NAE_ERA_R-1665_Eesti_Kunstnike_Liit, lk 54
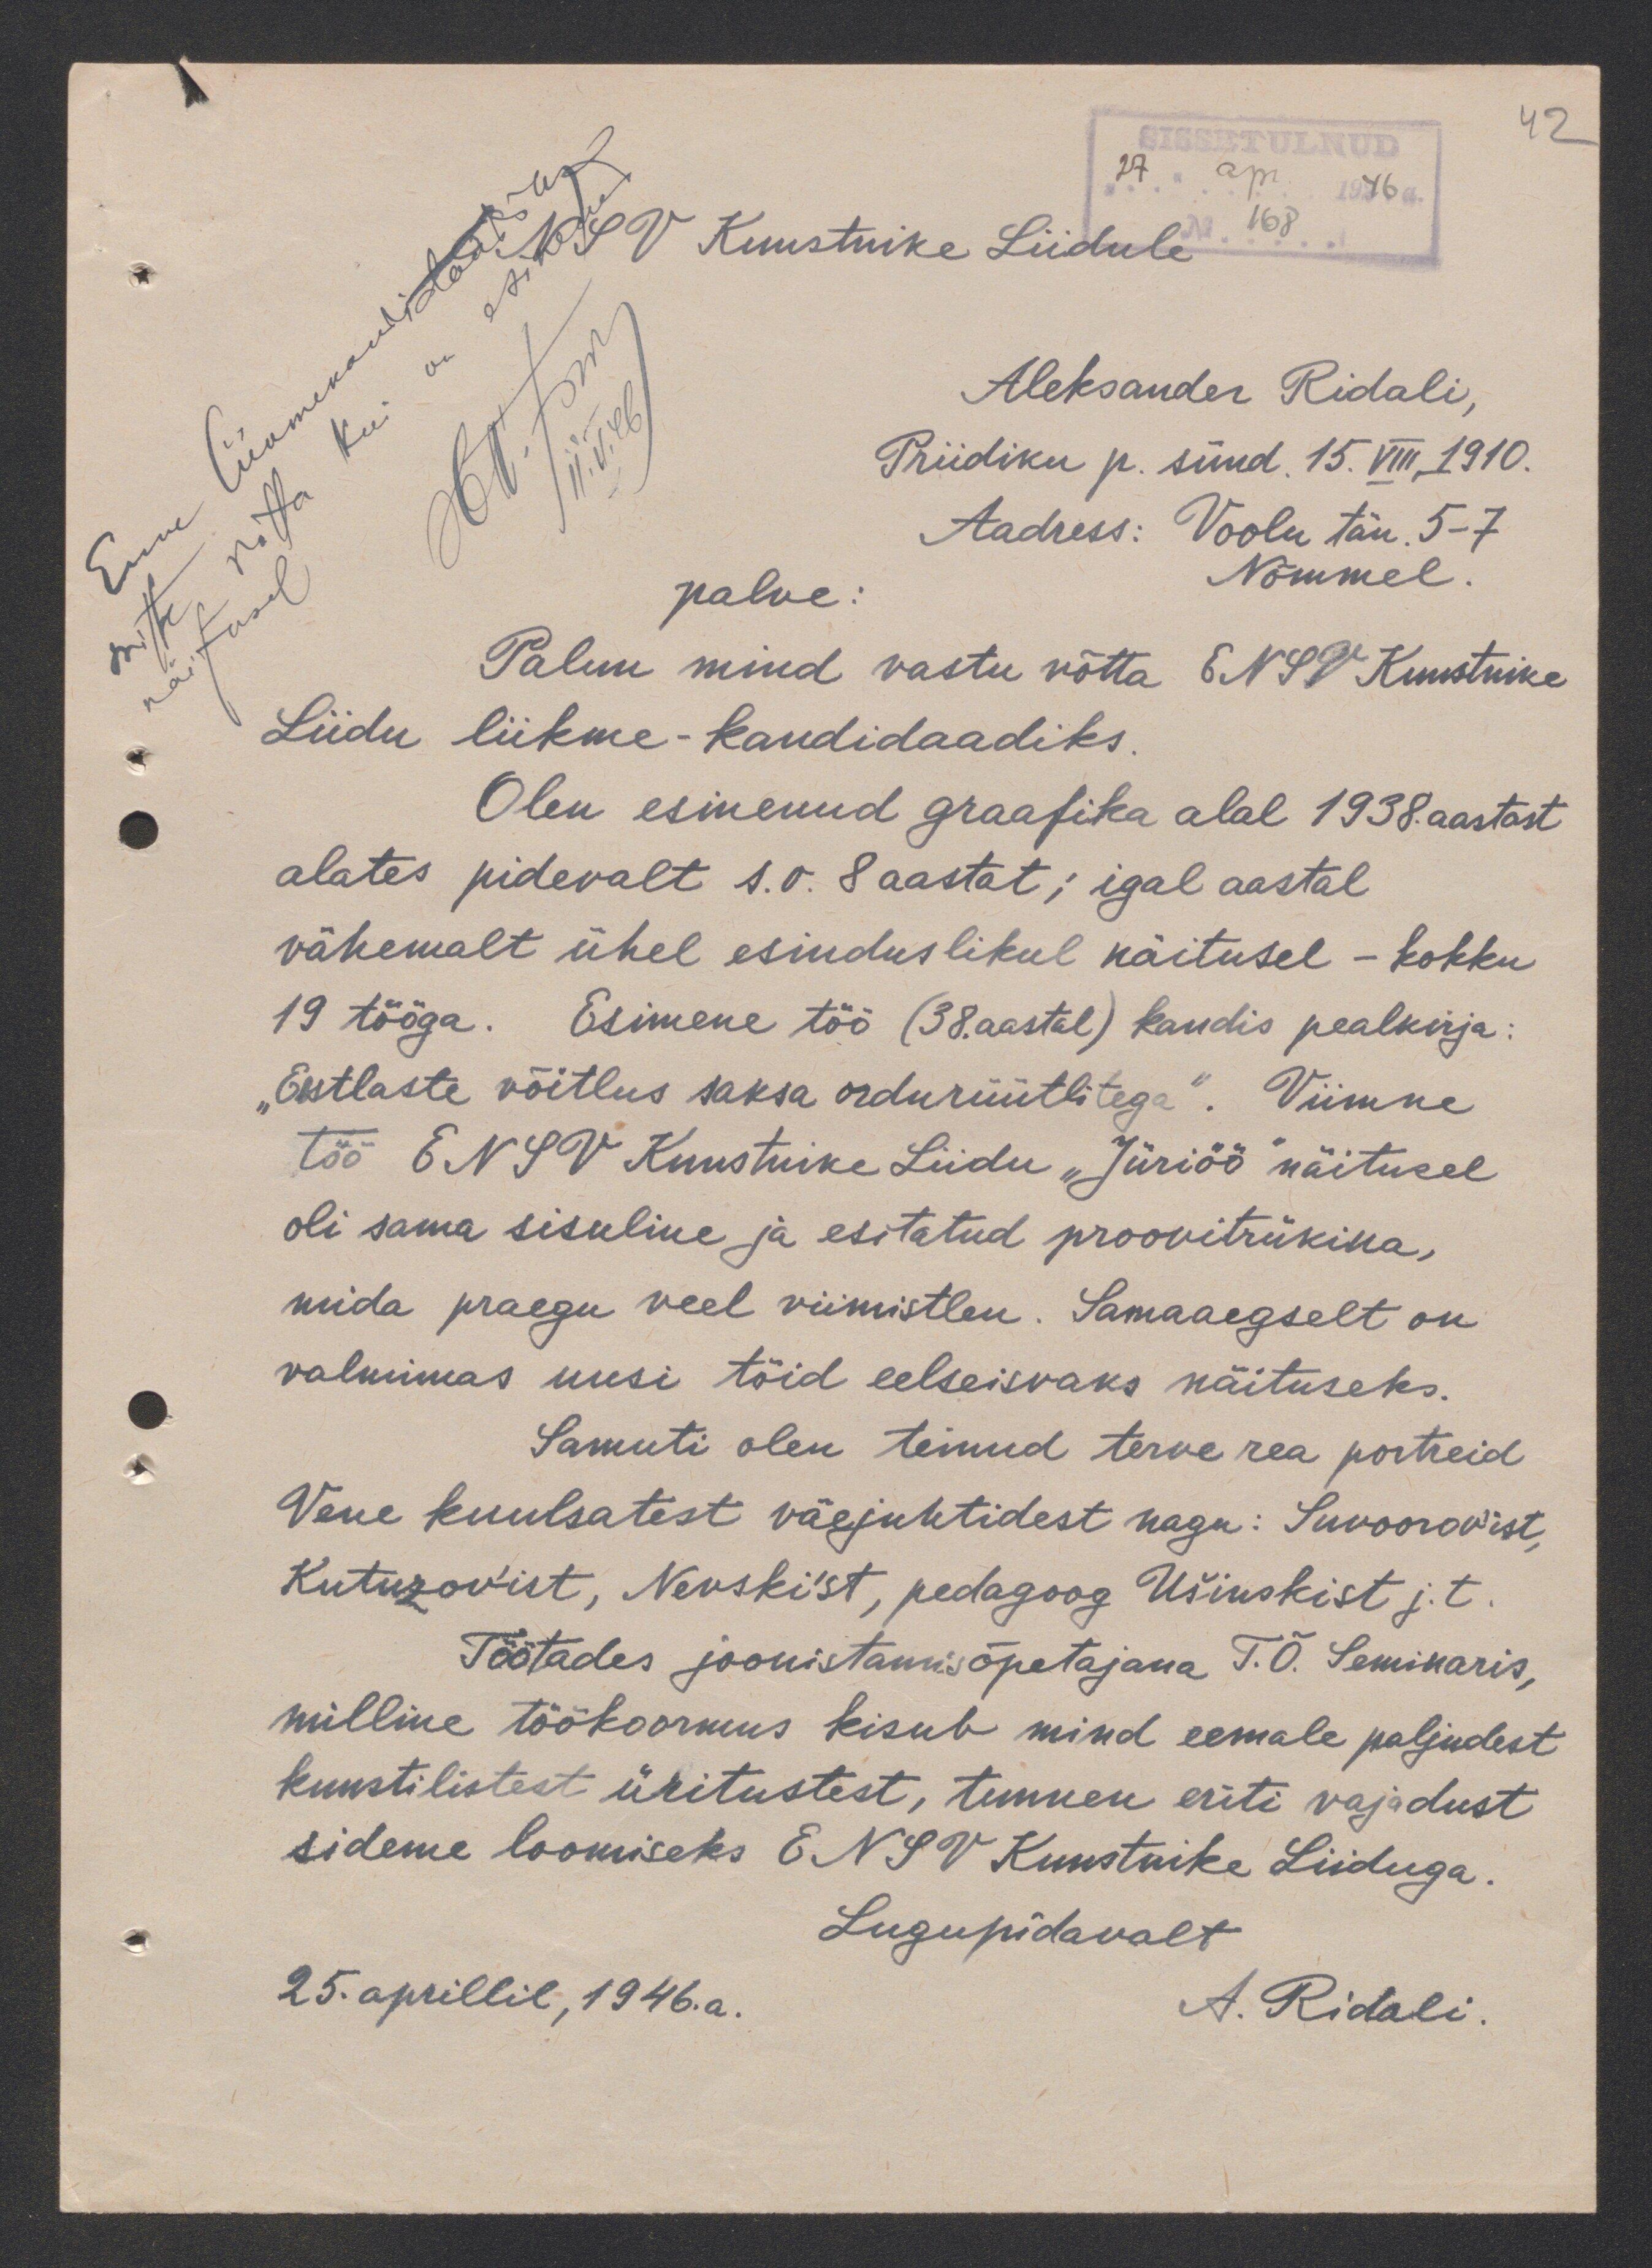
42
SISSETULNUD
"27" apr. 1946a.
N 168
Enne liikmekandidaadiks
mitte võtta kui on esinenud
näitusel
11.V.46
ENSV Kunstnike Liidule
Aleksander Ridali,
Priidiku p. sünd.15. VIII, 1910.
Aadress: Voolu tän. 5-7
Nõmmel.
palve:
Palun mind vastu võtta ENSV Kunstnike
Liidu liikme-kandidaadiks.
Olen esinenud graafika alal 1938. aastast
alates pidevalt s.o. 8 aastat; igal aastal
vähemalt ühel esinduslikul näitusel - kokku
19 tööga. Esimene töö (38. aastal) kandis pealkirja:
"Eestlaste võitlus saksa ordurüütlitega". Viimne
töö ENSV Kunstnike Liidu "Jüriöö" näitusel
oli sama sisuline ja esitatud proovitrükina,
mida praegu veel viimistlen. Samaaegselt on
valmimas uusi töid eelseisvaks näituseks.
Samuti olen teinud terve rea portreid
Vene kuulsatest väejuhtidest nagu: Suvoorov´ist,
Kutuzov´ist, Nevski´st, pedagoog Ušinskist j.t.
Töötades joonistamisõpetajana T.Õ. Seminaris,
milline töökoormus kisub mind eemale paljudest
kunstilistest üritustest, tunnen eriti vajadust
sideme loomiseks ENSV Kunstnike Liiduga.
Lugupidavalt
25. aprillil, 1946.a.
A. Ridali.